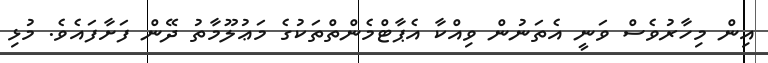
އިން މިހާރުވެސް ވަނީ އެތަނުން ވިއްކާ އެޕާޓްމެންތްތަކުގެ މަޢުލޫމާތު ދޭން ފަށާފައެވެ. މުޅި